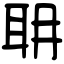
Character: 耼